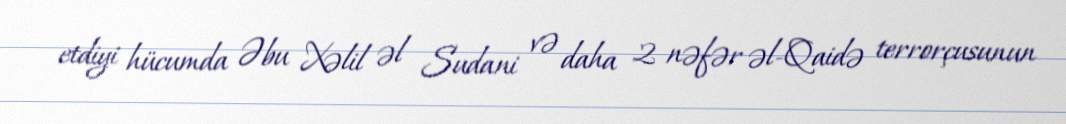
etdiyi hücumda Əbu Xəlil əl Sudani və daha 2 nəfər əl-Qaidə terrorçusunun